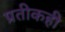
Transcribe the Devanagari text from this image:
प्रतीकही